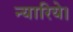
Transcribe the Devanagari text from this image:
न्यारिये।